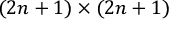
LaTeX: ( 2 n + 1 ) \times ( 2 n + 1 )